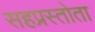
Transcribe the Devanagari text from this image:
सहप्रस्तोता